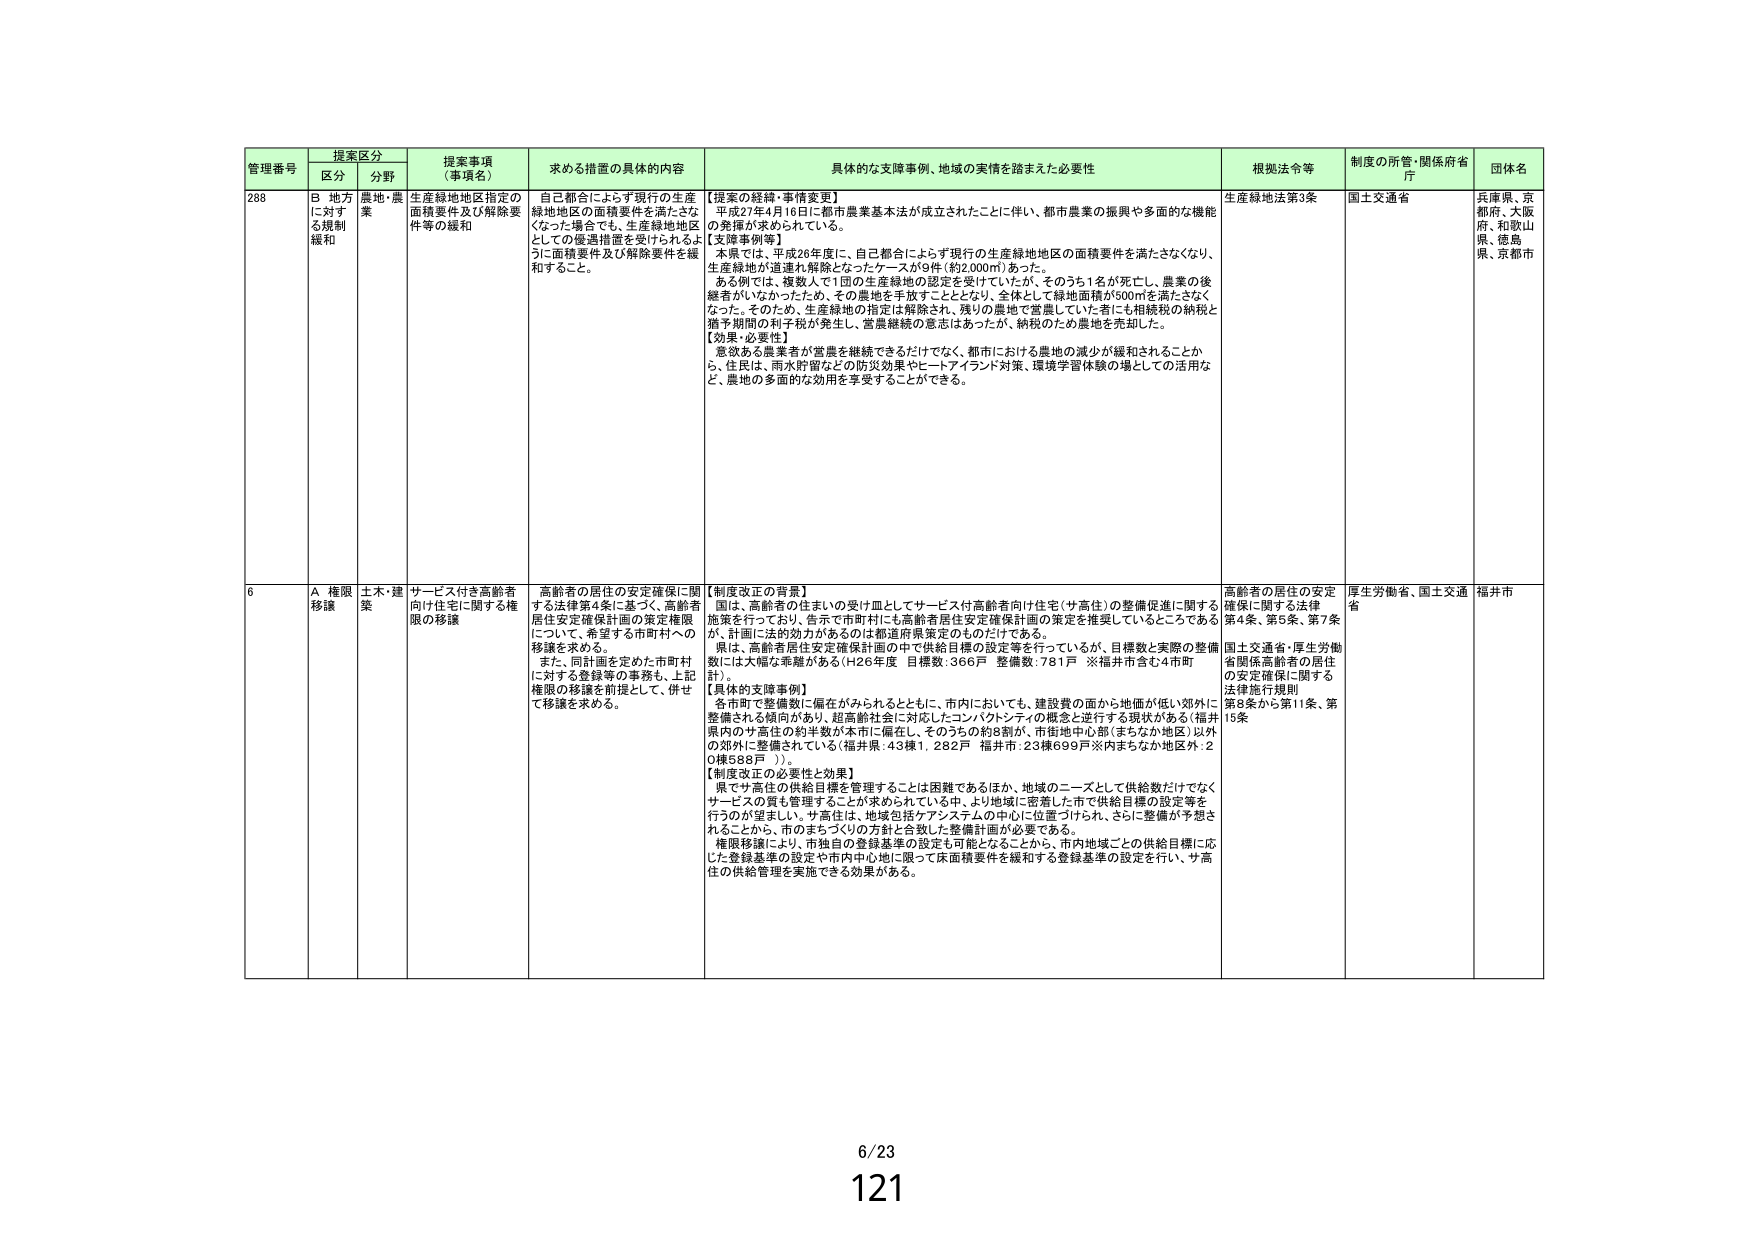
管理番号 提案区分 提案事項（事項名） 求める措置の具体的内容 具体的な支援事例、地域の実情を踏まえた必要性 根拠法令等 制度の所管・関係府省庁 団体名
区分 分野
288 B 地方に対する規制緩和 農地・農業 生産緑地地区指定の面積要件及び解除要件等の緩和 自己都合によらず現行の生産緑地地区の面積要件を満たさなくなった場合でも、生産緑地地区としての優遇措置を受けられるように面積要件及び解除要件を緩和すること。 【提案の経緯・事情変更】 平成27年4月16日に都市農業基本法が成立されたことに伴い、都市農業の振興や多面的な機能の発揮が求められている。 【支援事例等】 本県では、平成28年度に、自己都合によらず現行の生産緑地地区の面積要件を満たさなくなり、生産緑地が達連れ解除となったケースが9件（約2,000㎡）あった。 ある例では、複数人で1団の生産緑地の認定を受けていたが、そのうち1名が死亡し、農業の後継者がいないため、その農地を手放すこととなり、全体として緑地面積が500㎡を満たさなくなった。そのため、生産緑地の指定は解除され、残りの農地で営農していた者にも相続税の納税と猶予期間の利子税が発生し、営農継続の意志はあったが、納税のため農地を売却した。 【効果・必要性】 意欲ある農業者が営農を継続できるだけでなく、都市における農地の減少が緩和されることから、住民は、雨水貯留などの防災効果やヒートアイランド対策、環境学習体験の場としての活用など、農地の多面的な効用を享受することができる。 生産緑地法第3条 国土交通省 兵庫県、京都府、大阪府、和歌山県、徳島県、京都市
6 A 権限移譲 土木・建築 サービス付き高齢者向け住宅に関する権限の移譲 高齢者の居住の安定確保に関する法律第4条に基づく、高齢者居住安定確保計画の策定権限について、希望する市町村への移譲を求める。 また、同計画を定めた市町村に対する登録等の事務も、上記権限の移譲を前提として、併せて移譲を求める。 【制度改正の背景】 国は、高齢者の住まいの受け皿としてサービス付高齢者向け住宅（サ高住）の整備促進に関する施策を行っており、告示で市町村にも高齢者居住安定確保計画の策定を推奨しているところであるが、計画に法的効力があるのは都道府県策定のものだけである。 県は、高齢者居住安定確保計画の中で供給目標の設定等を行っているが、目標数と実際の整備数には大幅な乖離がある（H26年度 目標数：366戸 整備数：781戸 ※福井市含む4市町計）。 【具体的支援事例】 各市町で整備数に偏在がみられるとともに、市内においても、建設費の面から地価が低い郊外に整備される傾向があり、超高齢社会に対応したコンパクトシティの概念と逆行する現状がある（福井県内のサ高住の約半数が本市に偏在し、そのうちの約8割が、市街地中心部（まちなか地区）以外の郊外に整備されている（福井県：43棟1,282戸 福井市：23棟699戸※内まちなか地区外：20棟588戸 ））。 【制度改正の必要性と効果】 県でサ高住の供給目標を管理することは困難であるほか、地域のニーズとして供給数だけでなくサービスの質も管理することが求められている中、より地域に密着した市で供給目標の設定等を行うのが望ましい。サ高住は、地域包括ケアシステムの中心に位置づけられ、さらに整備が予想されることから、市のまちづくりの方針と合致した整備計画が必要である。 権限移譲により、市独自の登録基準の設定も可能となることから、市内地域ごとの供給目標に応じた登録基準の設定や市内中心地に限って床面積要件を緩和する登録基準の設定を行い、サ高住の供給管理を実施できる効果がある。 高齢者の居住の安定確保に関する法律第4条、第5条、第7条 国土交通省・厚生労働省関係高齢者の居住の安定確保に関する法律施行規則第8条から第11条、第15条 厚生労働省、国土交通省 福井市
6/23
121